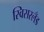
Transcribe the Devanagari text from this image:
स्विसरलँड